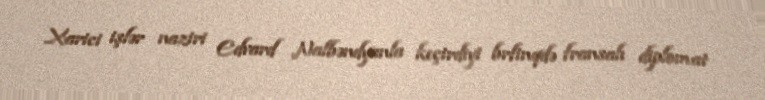
Xarici işlər naziri Edvard Nalbəndyanla keçirdiyi brfinqdə fransalı diplomat